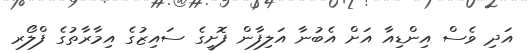
އަދި ވެސް އިންޑިއާ އަށް އެބުނާ އަލިފާން ފޮށީގެ ސައިޒުގެ އިމާރާތުގެ ފްލޯރ